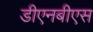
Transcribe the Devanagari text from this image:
डीएनबीएस